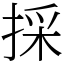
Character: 採